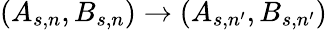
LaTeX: (A_{s,n},B_{s,n})\rightarrow(A_{s,n^{\prime}},B_{s,n^{\prime}})